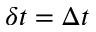
\delta t = \Delta t